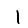
Digit: 1